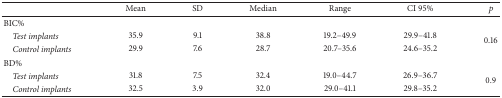
<table><thead><tr><td><b> </b></td><td><b>Mean</b></td><td><b>SD</b></td><td><b>Median</b></td><td><b>Range</b></td><td><b>CI 95%</b></td><td><b><i>p</i></b></td></tr></thead><tbody><tr><td>BIC%</td><td colspan="6"> </td></tr><tr><td> <i>Test implants</i></td><td>35.9</td><td>9.1</td><td>38.8</td><td>19.2–49.9</td><td>29.9–41.8</td><td rowspan="2">0.16</td></tr><tr><td> <i>Control implants</i></td><td>29.9</td><td>7.6</td><td>28.7</td><td>20.7–35.6</td><td>24.6–35.2</td></tr><tr><td>BD%</td><td colspan="6"> </td></tr><tr><td> <i>Test implants</i></td><td>31.8</td><td>7.5</td><td>32.4</td><td>19.0–44.7</td><td>26.9–36.7</td><td rowspan="2">0.9</td></tr><tr><td> <i>Control implants</i></td><td>32.5</td><td>3.9</td><td>32.0</td><td>29.0–41.1</td><td>29.8–35.2</td></tr></tbody></table>